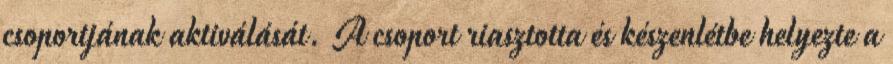
csoportjának aktiválását. A csoport riasztotta és készenlétbe helyezte a